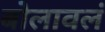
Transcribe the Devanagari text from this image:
बोलावलं